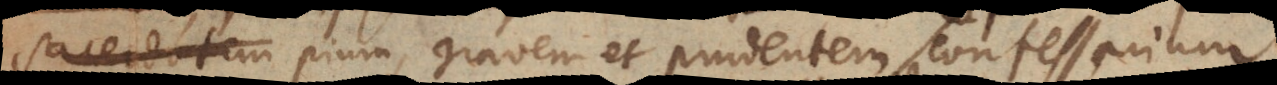
sacerdotem pium, gravem et prudentem confessarium